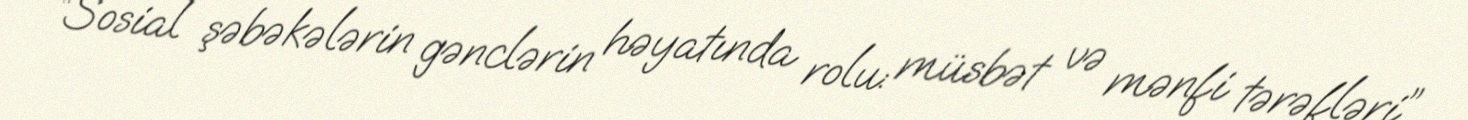
“Sosial şəbəkələrin gənclərin həyatında rolu: müsbət və mənfi tərəfləri”